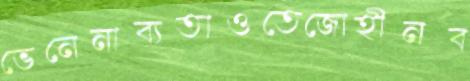
ভেনেনাব্যতাওতেজোহীনব